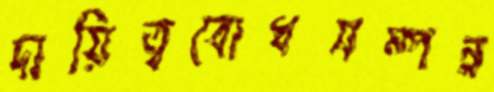
দায়িত্ববোধসম্পন্ন